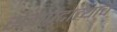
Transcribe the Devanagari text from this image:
सेवाप्रदात्याचे